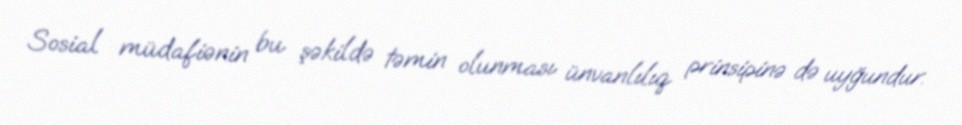
Sosial müdafiənin bu şəkildə təmin olunması ünvanlılıq prinsipinə də uyğundur.